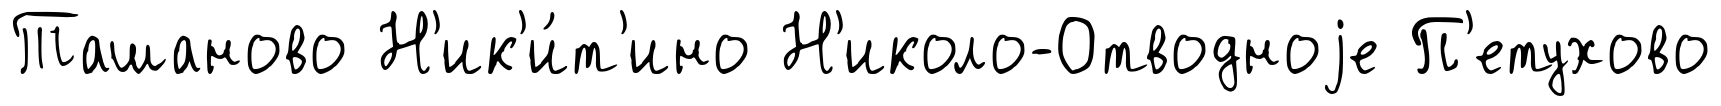
Ташаново Н'ик'и́т'ино Н'иколо-Отводноjе П'етухово